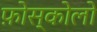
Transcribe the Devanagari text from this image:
फ़ोस्कोलो